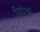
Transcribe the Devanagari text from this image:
विदेचा